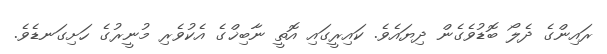
ރައިންގެ ދެލޯ ބޮޑުވެގެން ދިޔައެވެ. ކައިރީގައި އޮތީ ނާބިޚްގެ އެކުވެރި މުނީރުގެ ހަށިގަނޑެވެ.